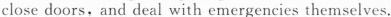
close doors, and deal with emergencies themselves.